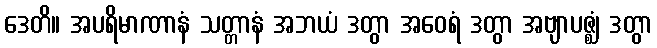
ဒေတိ။ အပရိမာဏာနံ သတ္တာနံ အဘယံ ဒတွာ အဝေရံ ဒတွာ အဗျာပဇ္ဈံ ဒတွာ